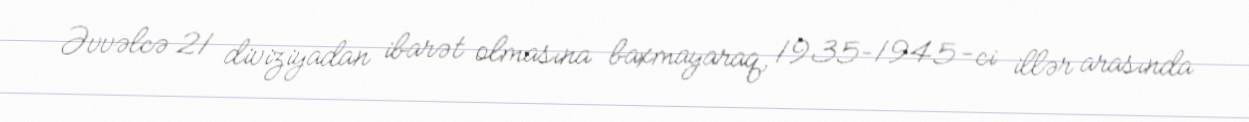
Əvvəlcə 21 diviziyadan ibarət olmasına baxmayaraq, 1935–1945-ci illər arasında